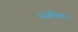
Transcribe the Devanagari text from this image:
ऊर्जाकृत